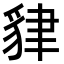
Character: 貄